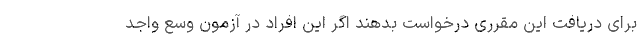
برای دریافت این مقرری درخواست بدهند اگر این افراد در آزمون وسع واجد